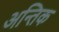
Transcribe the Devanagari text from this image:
अन्तिक